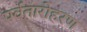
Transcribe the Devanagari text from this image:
पर्वतारोहरण